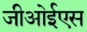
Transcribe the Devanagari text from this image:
जीओईएस